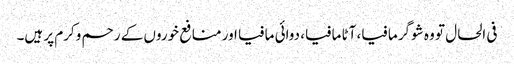
فی الحال تو وہ شوگر مافیا، آٹا مافیا، دوائی مافیا اور منافع خوروں کے رحم وکرم پر ہیں۔